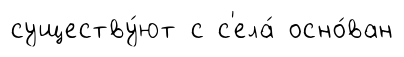
существу́ют с с'ела́ осно́ван